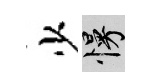
少慢